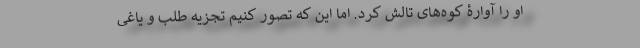
او را آوارۀ کوه‌های تالش کرد. اما این که تصور کنیم تجزیه طلب و یاغی